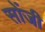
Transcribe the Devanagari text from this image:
सोंजी